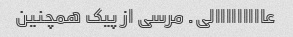
عااااااااالی. مرسی از پیک همچنین